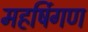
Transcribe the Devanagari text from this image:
महर्षिगण